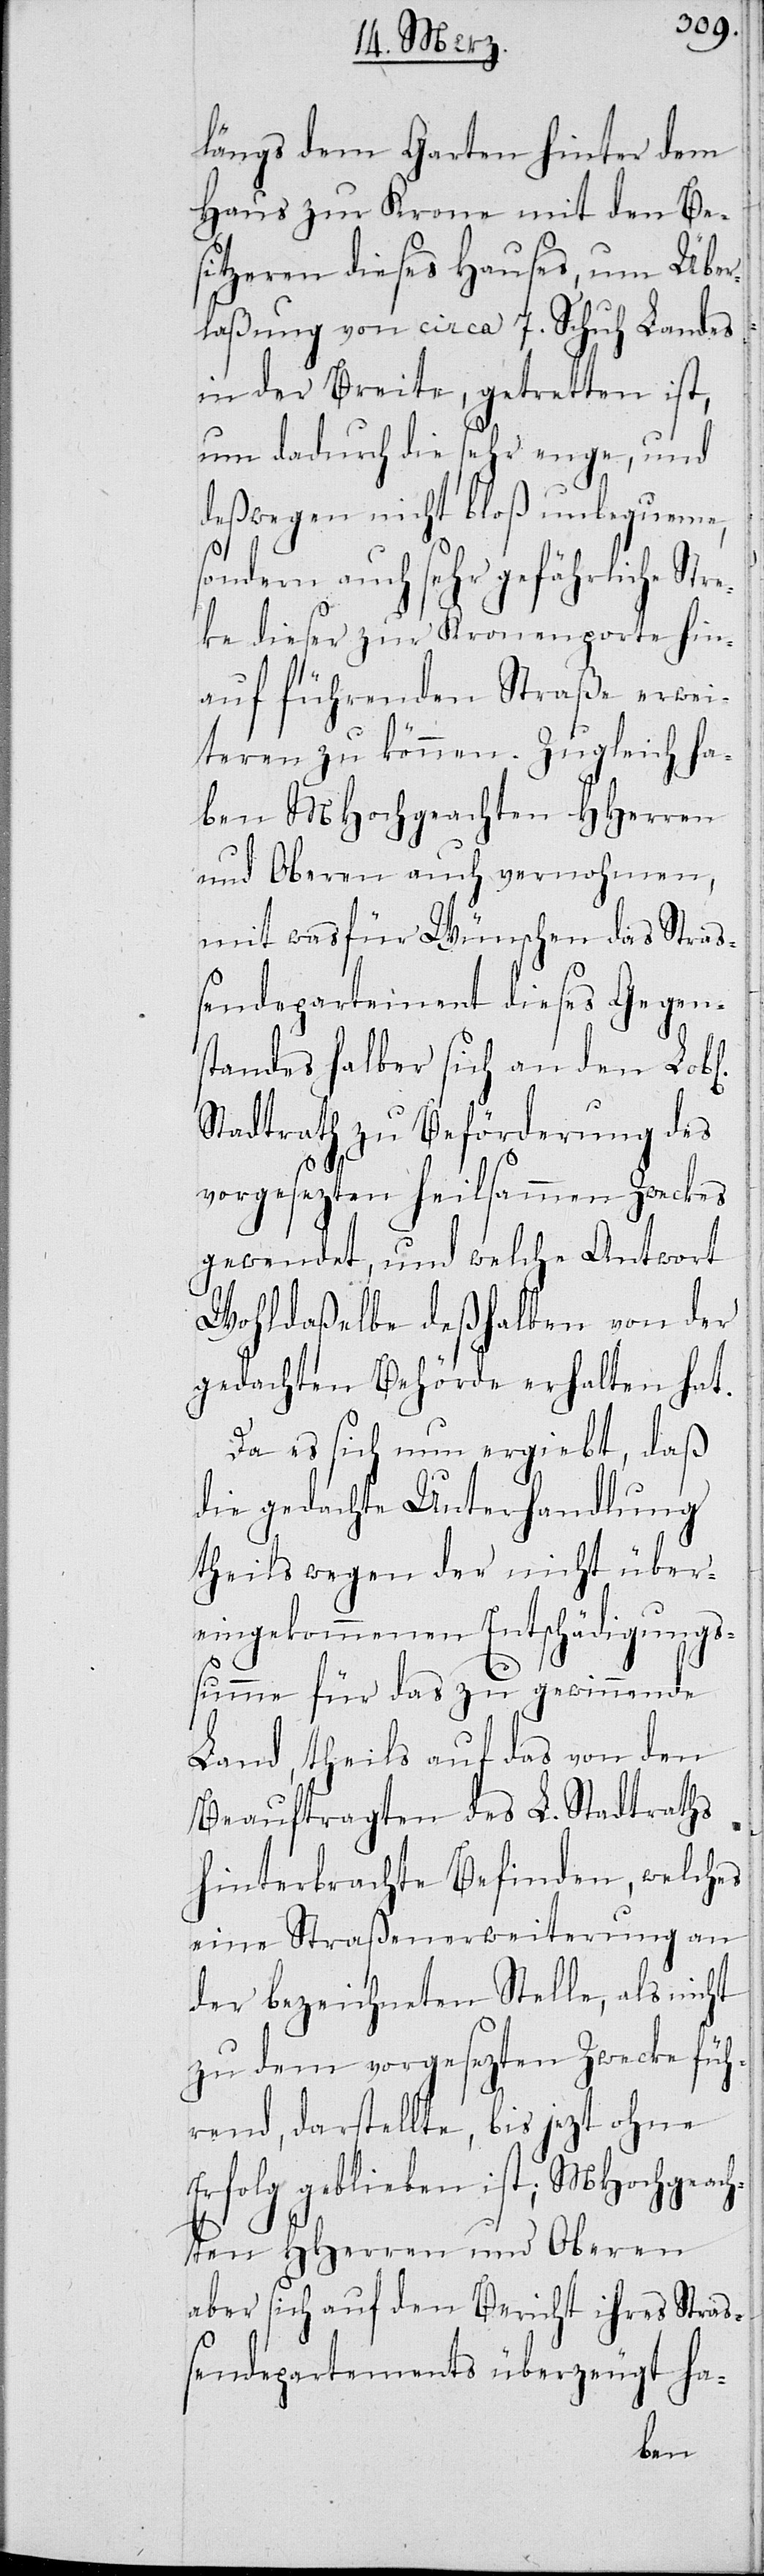
längs dem Garten hinter dem
Haus zur Krone mit den Be¬
sitzeren dieses Hauses, um Über¬
laßung von circa 7. Schuh Landes
in der Breite, getretten ist,
um dadurch die sehr enge, und
deßwegen nicht bloß unbequeme,
sondern auch sehr gefährliche
dieser zur Kronenporte hin¬
auf führenden Straße erwei¬
teren zu können. Zugleich ha¬
ben MHochgeachten HHerren
und Oberen auch vernohmen,
mit was für Wünschen das Straß¬
endepartement dieses Gegen¬
standes halber sich an den Lob¬
Stadtrath zu Beförderung des
vorgesezten heilsammen Zweckes
gewendet, und welche Antwort
Wohldaßelbe deßhalben von der
gedachten Behörde erhalten hat.
Da es sich nun ergiebt, daß
die gedachte Unterhandlung
theils wegen der nicht über¬
eingekommenen Entschädigungs¬
summe für das zu gewinnende
Land, theils auf das von den
Beauftragten des L. Stadtraths
hinterbrachte Befinden, welches
eine Straßenerweiterung an
der bezeichneten Stelle, als nicht
zu dem vorgesezten Zwecke füh¬
rend, darstellte, bis jetzt ohne
Erfolg geblieben ist; MHochgeach¬
ten HHerren und Oberen
aber sich auf den Bericht ihres Stra¬
ßendepartements überzeugt ha-
chen]